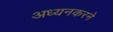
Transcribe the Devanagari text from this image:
अध्यनकरने